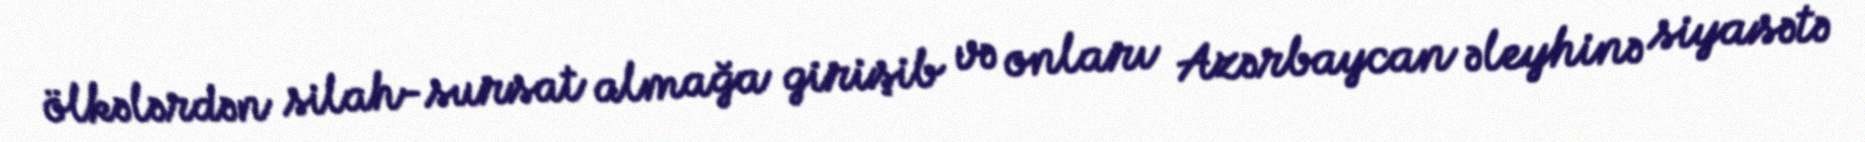
ölkələrdən silah-sursat almağa girişib və onları Azərbaycan əleyhinə siyasətə